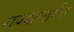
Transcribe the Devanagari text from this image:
राज्यान्तर्गत